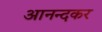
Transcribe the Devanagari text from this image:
आनन्दकर